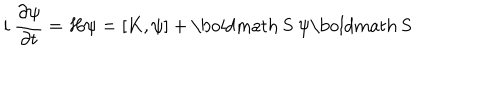
i ~ \frac { \partial \psi } { \partial t } = H \psi = [ K , \psi ] + \mathrm { \boldmath ~ S ~ } \psi \mathrm { \boldmath ~ S ~ }